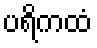
ပရိကထံ